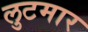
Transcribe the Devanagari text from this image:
लुटमार